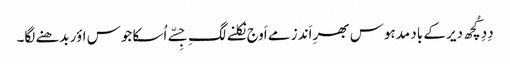
دِدِ کُچھ دیر کے باد مدہوس بھرِ اَندز مے اَوج نِکلنے لگِ جِسّے اُسکا جوس اؤر بدھنے لگا۔